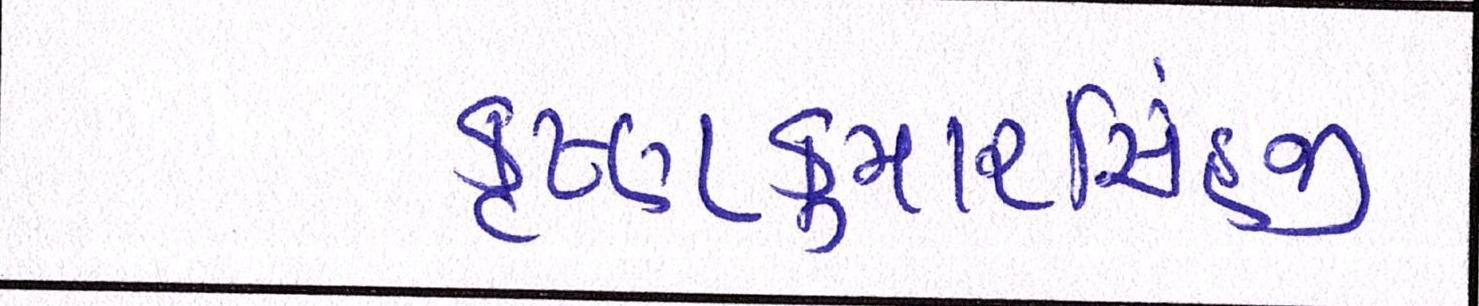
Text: કૃષ્ણકુમારસિંહજી